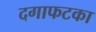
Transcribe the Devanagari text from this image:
दगाफटका